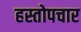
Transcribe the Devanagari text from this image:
हस्तोपचार